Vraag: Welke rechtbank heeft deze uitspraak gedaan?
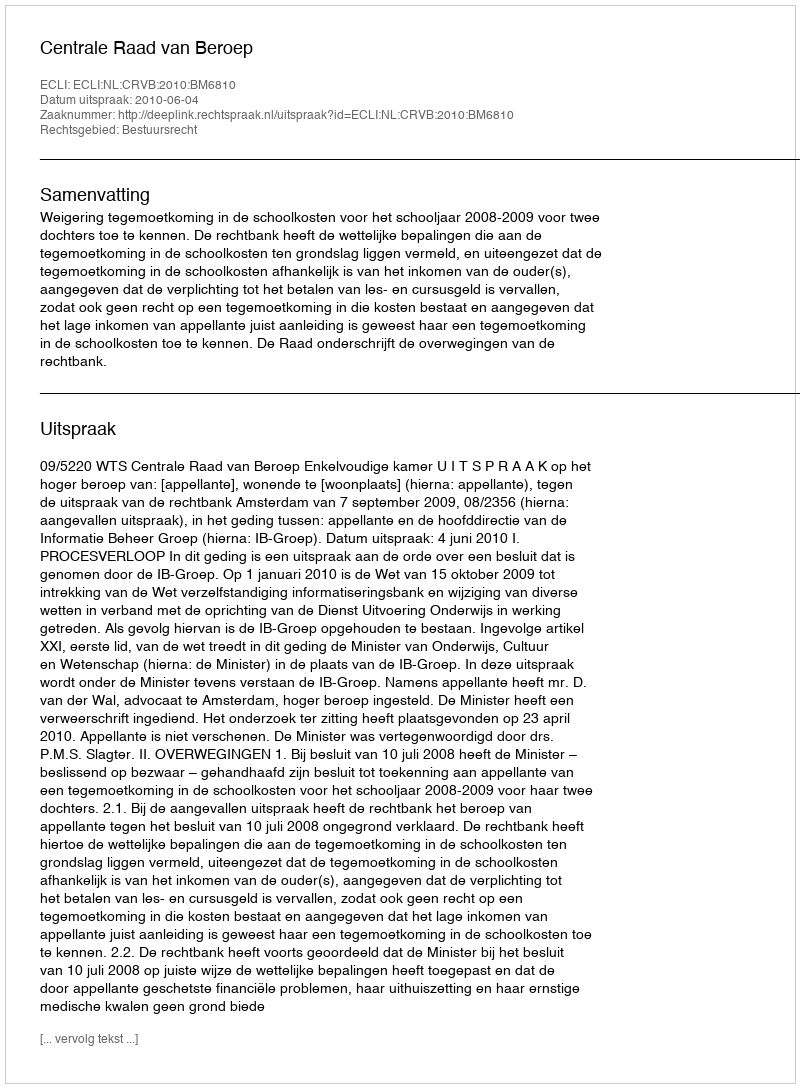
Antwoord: Centrale Raad van Beroep